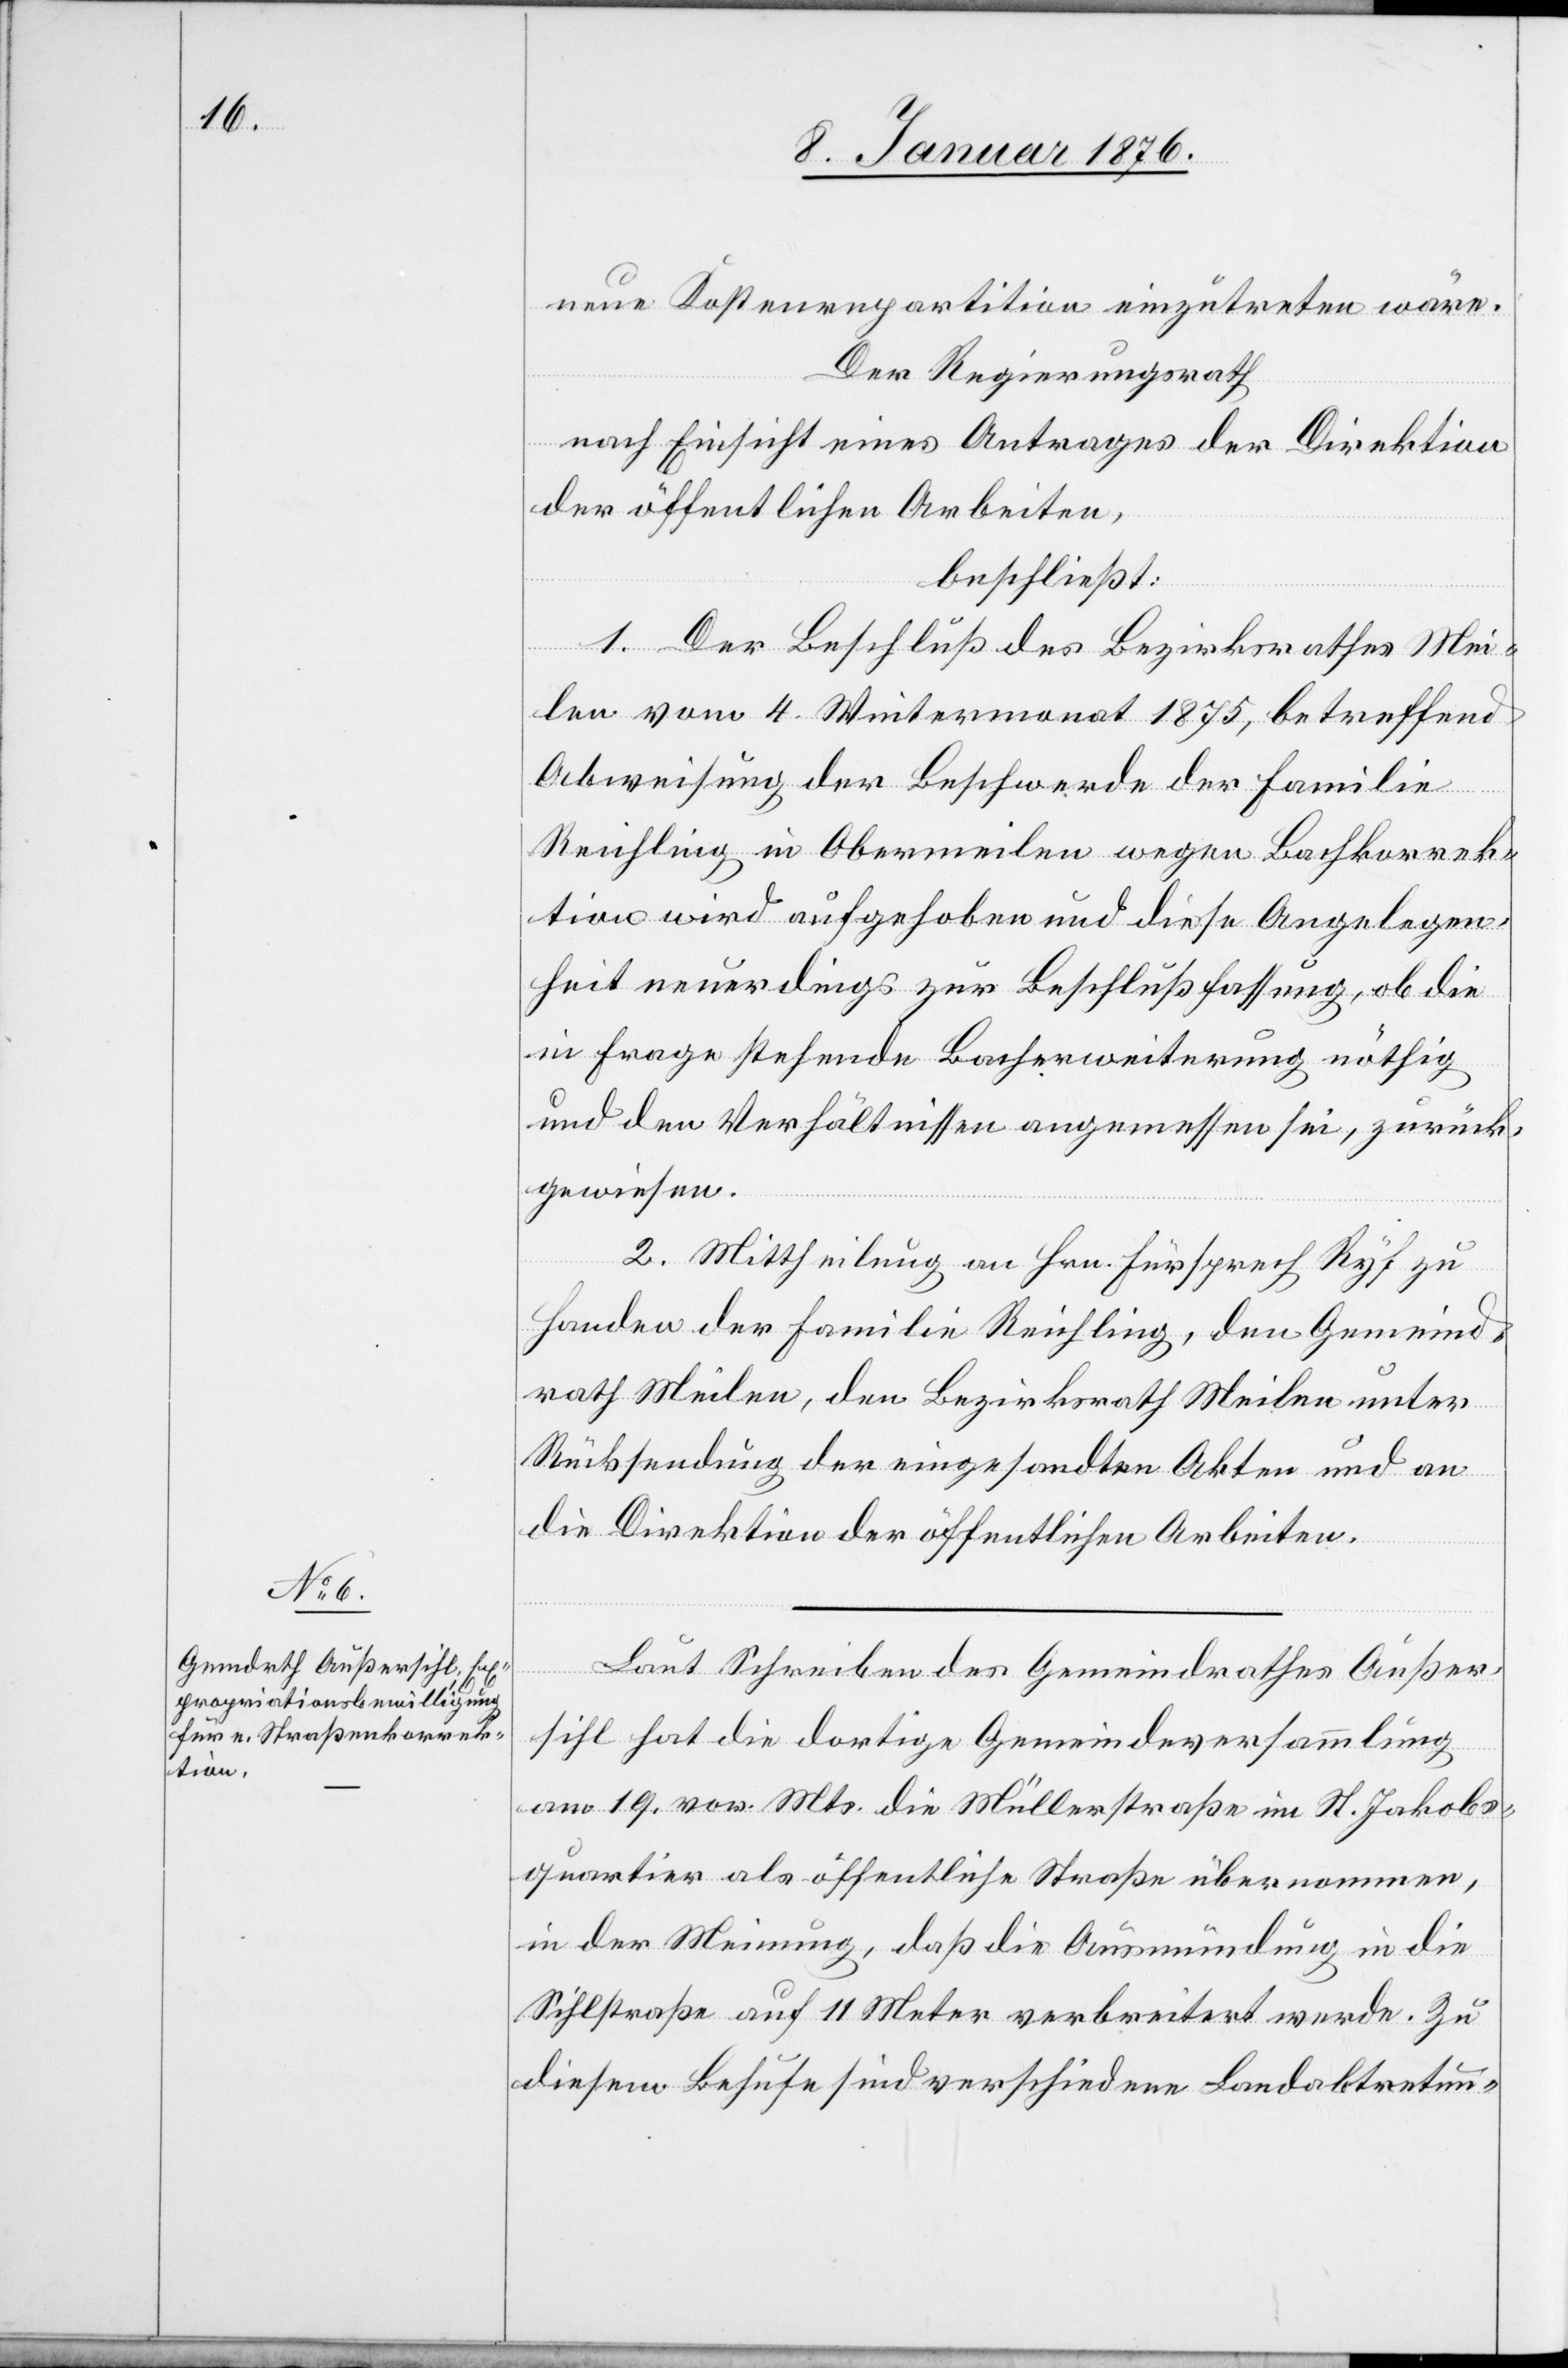
neue Kostenrepartition einzutreten wäre.
Der Regierungsrath
nach Einsicht eines Antrages der Direktion
der öffentlichen Arbeiten,
beschließt:
1. Der Beschluß des Bezirksrathes Mei¬
len vom 4. Wintermonat 1857, betreffend
Abweisung der Beschwerde der Familie
Reichling in Obermeilen wegen Bachkorrek¬
tion wird aufgehoben und diese Angelegen¬
heit neuerdings zur Beschlußfassung, ob die
in Frage stehende Bacherweiterung nöthig
und den Verhältnissen angemessen sei, zurück¬
gewiesen.
2. Mittheilung an Hrn. Fürsprech Ryf zu
Handen der Familie Reichling, den Gemeind¬
rath Meilen, den Bezirksrath Meilen unter
Rücksendung der eingesandten Akten und an
die Direktion der öffentlichen Arbeiten.
Laut Schreiben des Gemeindrathes Außer¬
sihl hat die dortige Gemeindeversammlung
am 19. vor. Mts. die Müllerstraße im St. Jakobs¬
quartier als öffentliche Straße übernommen,
in der Meinung, daß die Ausmündung in die
Sihlstraße auf 11 Meter verbreitert werde. Zu
diesem Behufe sind verschiedene Landabtretun-